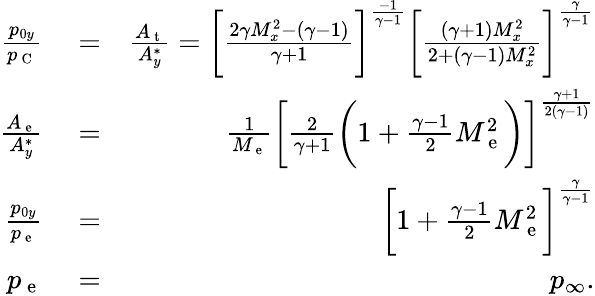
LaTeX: \begin{array}{rlr}{\frac{p_{0y}}{p_{\mathrm{~C~}}}}&{{}=}&{\frac{A_{\mathrm{~t~}}}{A_{y}^{*}}=\bigg[\frac{2\gamma M_{x}^{2}-(\gamma-1)}{\gamma+1}\bigg]^{\frac{-1}{\gamma-1}}\bigg[\frac{(\gamma+1)M_{x}^{2}}{2+(\gamma-1)M_{x}^{2}}\bigg]^{\frac{\gamma}{\gamma-1}}}\\ {\frac{A_{\mathrm{~e~}}}{A_{y}^{*}}}&{{}=}&{\frac{1}{M_{\mathrm{~e~}}}\bigg[\frac{2}{\gamma+1}\bigg(1+\frac{\gamma-1}{2}M_{\mathrm{~e~}}^{2}\bigg)\bigg]^{\frac{\gamma+1}{2(\gamma-1)}}}\\ {\frac{p_{0y}}{p_{\mathrm{~e~}}}}&{{}=}&{\bigg[1+\frac{\gamma-1}{2}M_{\mathrm{~e~}}^{2}\bigg]^{\frac{\gamma}{\gamma-1}}}\\ {p_{\mathrm{~e~}}}&{{}=}&{p_{\infty}.}\end{array}